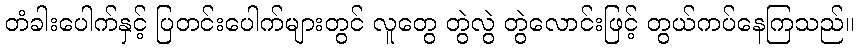
တံခါးပေါက်နှင့် ပြတင်းပေါက်များတွင် လူတွေ တွဲလွဲ တွဲလောင်းဖြင့် တွယ်ကပ်နေကြသည်။